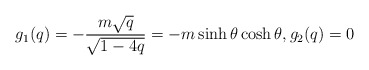
\begin{align*}g_1(q)=-\frac{m\sqrt{q}}{\sqrt{1-4q}}=-m\sinh\theta\cosh\theta,g_2(q)=0\end{align*}